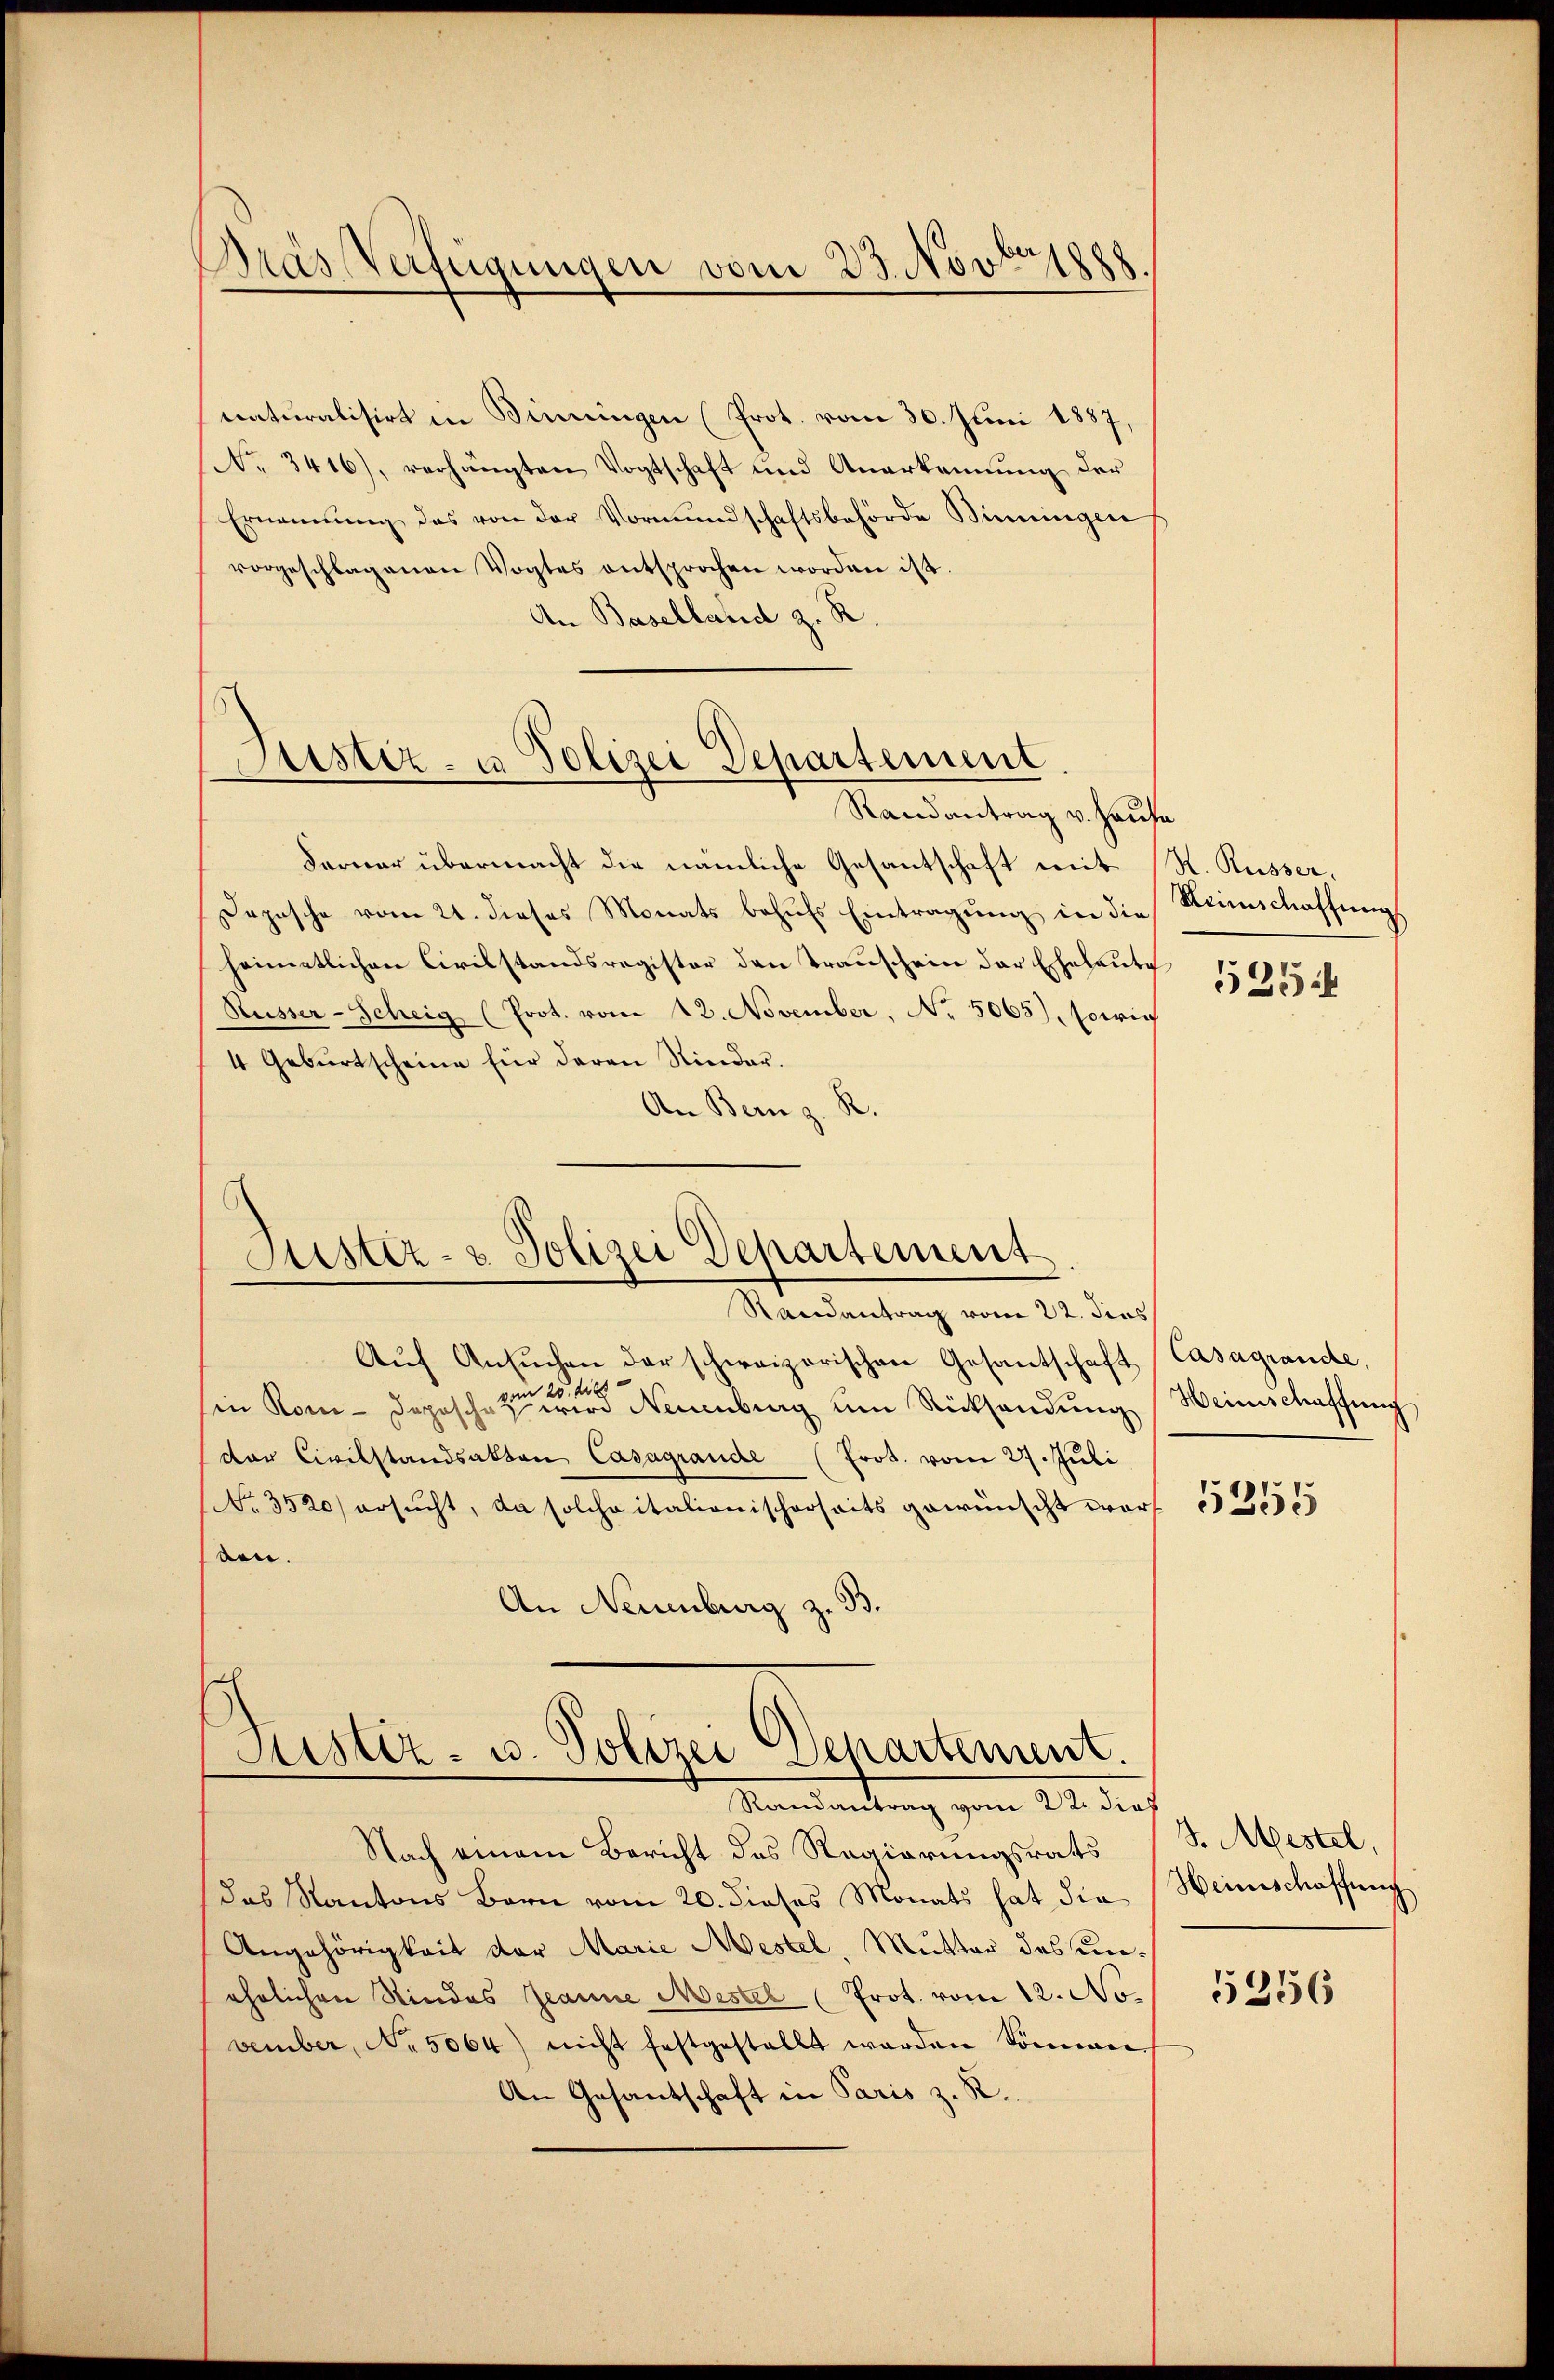
.
Pras Verfügungen vom 23. Novbr

naturalisirt in Binningen (Prot. vom 30. Juni 1857,
No. 3416), verhängten Vogtschaft und Anerkennung der
Ernannŭng das von der Vormŭndschaftsbehörde Binningen
vorgeschlagenen Vogtes entsprochen worden ist.
An Baselland z. R.

Justiz- u Polizei Departement

Randantrag v. Hause
Ferner übermacht die nämliche Gesantschaft mit (R. Russer,
Depesche vom 21. dieses Monats behufs Eintragung in die
heimetlichen Civilstandsregister den Trauschein der Eheleute
Russer-Scheig (Prot. vom 12. November, No. 5065), sowie
4 Geburtscheine für deren Kinder.
An Bern z. R.

Sistiz- & Polizei Departement

Justiz- u. Polizei Departement.
Randantrag vom 22. dies

Randantrag vom 22. Jus
Aŭf Ansŭchen der schweizerischen Gesantschaft (Casagrande,
125. die
sin Kom-Dopischen wird Neuenburg um Rücksendung Heinschaffung
der Civilstandsakten Casagrande (Frot. vom 27. Juli
No 3520/ ersŭcht, da solche italionischerseits gewünscht wort 32555
ben.
An Neuenburg z. B.

Reinschaffung

Nach einem Bericht des Regierungsrats (S. Mestel,
das Kantons Bern vom 20. dieses Monats hat die Heinschaffung
Angehörigkeit der Marie Mestel, Mutter des unehrlichen Sindes Jeanne Mestel (Prot. vom 12. No.
vember, No 5064) nicht festgestellt werden Sonnen.
An Gesantschaft in Paris z. R.

525

5256